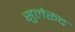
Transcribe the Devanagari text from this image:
सुलेरूद